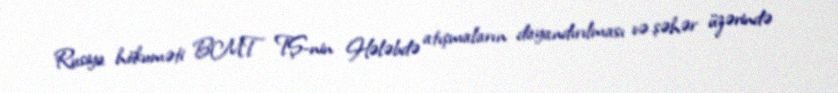
Rusiya hökuməti BMT TŞ-nin Hələbdə atışmaların dayandırılması və şəhər üzərində